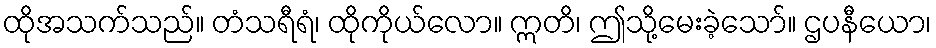
ထိုအသက်သည်။ တံသရီရံ၊ ထိုကိုယ်လော။ ဣတိ၊ ဤသို့မေးခဲ့သော်။ ဌပနီယော၊